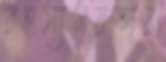
রহস্যময়তায়